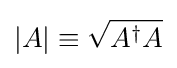
|A|\equiv {\sqrt {A^{\dagger }A}}